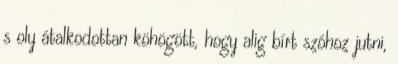
s oly átalkodottan köhögött, hogy alig bírt szóhoz jutni,